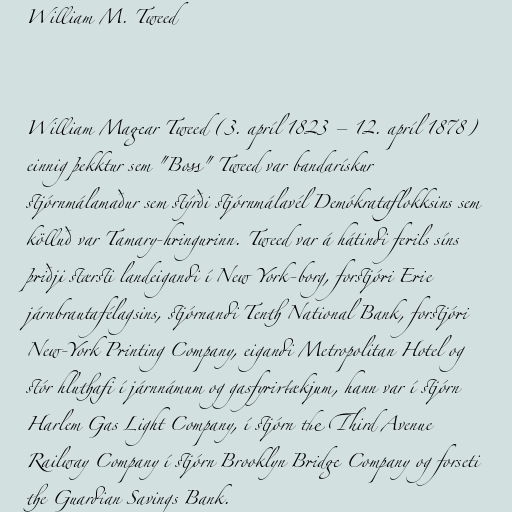
William M. Tweed

William Magear Tweed (3. apríl 1823 – 12. apríl 1878)
einnig þekktur sem "Boss" Tweed var bandarískur
stjórnmálamaður sem stýrði stjórnmálavél Demókrataflokksins sem
kölluð var Tamary-hringurinn. Tweed var á hátindi ferils síns
þriðji stærsti landeigandi í New York-borg, forstjóri Erie
járnbrautafélagsins, stjórnandi Tenth National Bank, forstjóri
New-York Printing Company, eigandi Metropolitan Hotel og
stór hluthafi í járnnámum og gasfyrirtækjum, hann var í stjórn
Harlem Gas Light Company, í stjórn the Third Avenue
Railway Company í stjórn Brooklyn Bridge Company og forseti
the Guardian Savings Bank.